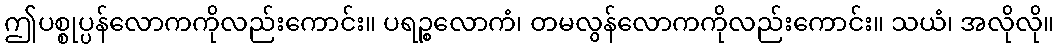
ဤပစ္စုပ္ပန်လောကကိုလည်းကောင်း။ ပရဉ္စလောကံ၊ တမလွန်လောကကိုလည်းကောင်း။ သယံ၊ အလိုလို။